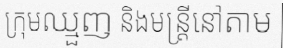
ក្រុមឈ្មួញ និងមន្ត្រីនៅតាម